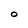
Character: O